Lunatic asylums Punjab 1895-1910 - 1895-1910
Year: 1895
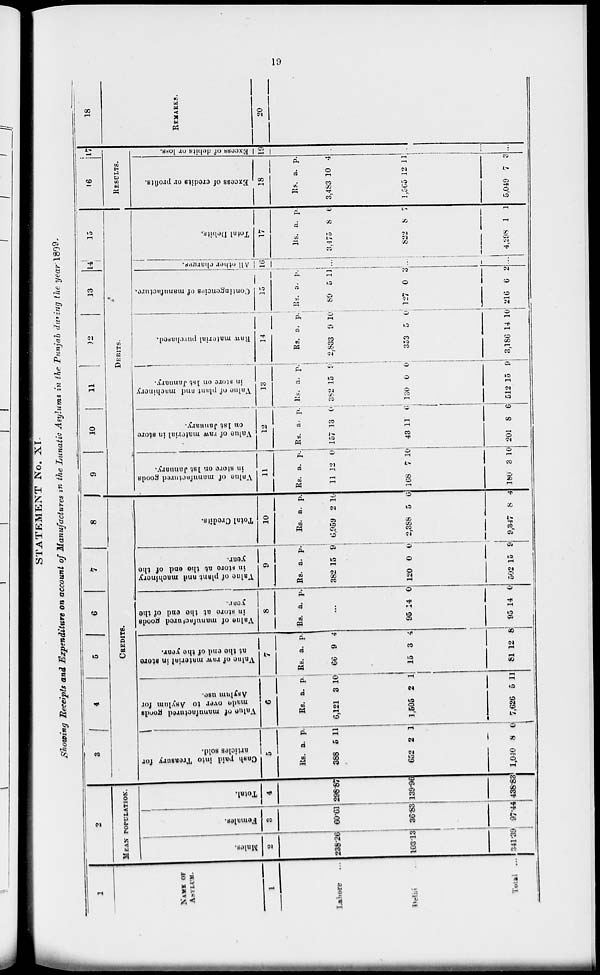
19
STATEMENT No. XI.
Showing Receipts and Expenditure on account of Manufactures in the Lunatic Asylums in the Punjab during the year 1899.
1
NAME OF
ASYLUM.
1
Lahore ...
Delhi ...
Total ...
2
MEAN POPULATION.
Males.
2
238.26
103.13
341.39
Females.
3
60.61
36-83
97.44
Total.
4
298.87
139.96
438.82
3
4
5
6
7
8
CREDITS.
Cash
paid Into Treasury for
articles sold.
5
Rs.
388
652
1,040
a.
5
2
8
p.
11
1
0
Value of manufactured goods
made over to Asylum for
Asylum use.
6
Rs
6,121
1,605
7,626
a.
3
2
5
p.
10
1
11
Value of raw
material in store
at the end of the year.
7
Rs.
66
15
81
a.
9
3
12
p.
4
4
8
Value of manufactured goods
in store at the end of the
year.
8
Rs.
a.
p.
...
95
95
14
14
0
0
Value
of plant and machinery
in store at the end of the
year.
9
Rs.
382
120
502
a.
15
0
15
p.
9
0
9
Total Credits.
10
Rs.
6,959
2,388
9,347
a.
2
5
8
p.
10
6
4
9
10
11
12
13
14
15
DEBITS.
Value
of manufactured goods
in store on 1st January.
11
Rs.
11
168
180
a.
12
7
3
p.
0
10
10
Value of raw material in store
on 1st January.
12
Rs.
157
43
201
a.
13
11
8
p.
0
6
6
Value
of plant and machinery
in store on 1st January.
13
Rs.
382
180
512
a.
15
0
15
p.
9
0
9
Raw
material purchased..
14
Rs.
2,833
353
3,186
a.
9
5
14
p.
10
0
10
Contingencies of manufacture.
15
Rs.
89
127
216
a.
5
0
6
p.
11
3
2
All other charger.
16
...
...
...
Total Debits.
17
Rs.
3,475
822
4,298
a.
8
8
1
p.
6
7
1
16
17
RESULTS.
Excess of credits or profits.
18
Rs.
3,483
1,565
5,049
a.
10
12
7
p.
4
11
3
Excess of debits or loss.
19
...
...
...
18
REMARKS.
20